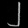
Digit: ၂